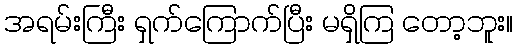
အရမ်းကြီး ရှက်ကြောက်ပြီး မရှိကြ တော့ဘူး။